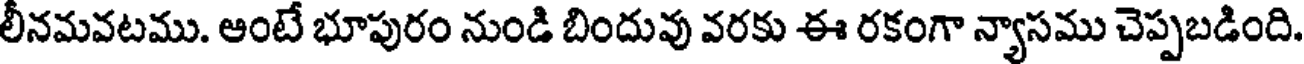
లీనమవటము. ఆంటే భూపురం నుండి బిందువు వరకు ఈ రకంగా న్యాసము చెప్పబడింది